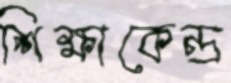
শিক্ষাকেন্দ্র